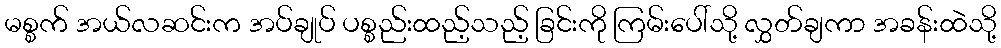
မစ္စက် အယ်လဆင်းက အပ်ချုပ် ပစ္စည်းထည့်သည့် ခြင်းကို ကြမ်းပေါ်သို့ လွှတ်ချကာ အခန်းထဲသို့